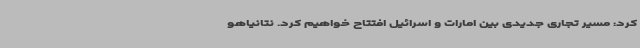
کرد: مسیر تجاری جدیدی بین امارات و اسرائیل افتتاح خواهیم کرد. نتانیاهو